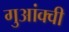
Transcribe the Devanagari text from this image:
गुआंक्वी